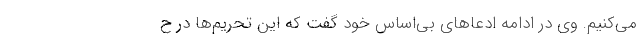
می‌کنیم. وی در ادامه ادعاهای بی‌اساس خود گفت که این تحریم‌ها در ح